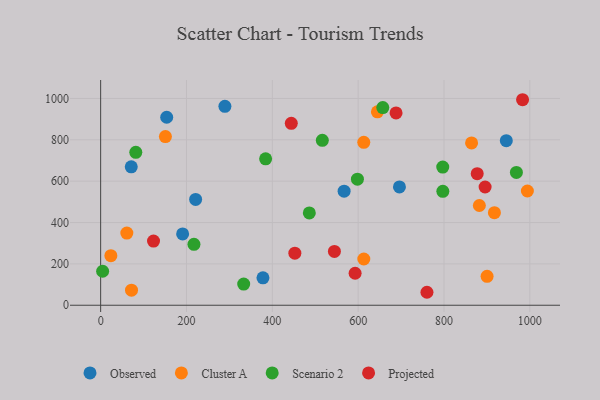
{"axis": {"x": "Investment", "y": "Salary"}, "legend": ["Cluster A", "Observed", "Projected", "Scenario 2"], "data": [{"x": "945.2", "y": 795.6, "type": "Observed"}, {"x": "289.5", "y": 961.8, "type": "Observed"}, {"x": "71.3", "y": 669.4, "type": "Observed"}, {"x": "221.3", "y": 511.9, "type": "Observed"}, {"x": "696.2", "y": 572.2, "type": "Observed"}, {"x": "153.9", "y": 909.0, "type": "Observed"}, {"x": "567.3", "y": 551.7, "type": "Observed"}, {"x": "378.2", "y": 132.7, "type": "Observed"}, {"x": "191.0", "y": 344.8, "type": "Observed"}, {"x": "994.3", "y": 552.4, "type": "Cluster A"}, {"x": "864.3", "y": 784.9, "type": "Cluster A"}, {"x": "882.4", "y": 482.2, "type": "Cluster A"}, {"x": "613.1", "y": 787.8, "type": "Cluster A"}, {"x": "71.9", "y": 72.9, "type": "Cluster A"}, {"x": "917.5", "y": 447.8, "type": "Cluster A"}, {"x": "900.4", "y": 140.0, "type": "Cluster A"}, {"x": "150.9", "y": 815.6, "type": "Cluster A"}, {"x": "644.9", "y": 935.2, "type": "Cluster A"}, {"x": "61.0", "y": 349.1, "type": "Cluster A"}, {"x": "23.8", "y": 239.6, "type": "Cluster A"}, {"x": "613.2", "y": 223.7, "type": "Cluster A"}, {"x": "797.3", "y": 550.9, "type": "Scenario 2"}, {"x": "4.6", "y": 164.4, "type": "Scenario 2"}, {"x": "657.4", "y": 955.7, "type": "Scenario 2"}, {"x": "486.2", "y": 446.4, "type": "Scenario 2"}, {"x": "516.5", "y": 797.6, "type": "Scenario 2"}, {"x": "333.3", "y": 102.2, "type": "Scenario 2"}, {"x": "968.7", "y": 642.1, "type": "Scenario 2"}, {"x": "384.4", "y": 707.9, "type": "Scenario 2"}, {"x": "217.4", "y": 294.7, "type": "Scenario 2"}, {"x": "598.3", "y": 609.8, "type": "Scenario 2"}, {"x": "81.9", "y": 739.5, "type": "Scenario 2"}, {"x": "797.1", "y": 667.9, "type": "Scenario 2"}, {"x": "123.2", "y": 310.4, "type": "Projected"}, {"x": "592.9", "y": 154.7, "type": "Projected"}, {"x": "877.4", "y": 636.2, "type": "Projected"}, {"x": "444.2", "y": 879.5, "type": "Projected"}, {"x": "544.7", "y": 260.1, "type": "Projected"}, {"x": "688.3", "y": 929.8, "type": "Projected"}, {"x": "760.3", "y": 62.7, "type": "Projected"}, {"x": "895.8", "y": 571.7, "type": "Projected"}, {"x": "983.1", "y": 993.8, "type": "Projected"}, {"x": "452.5", "y": 251.7, "type": "Projected"}]}